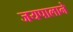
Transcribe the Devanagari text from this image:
जयपालाने